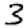
Digit: 3